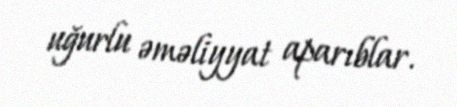
uğurlu əməliyyat aparıblar.